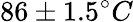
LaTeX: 86\pm 1.5^{\circ}C